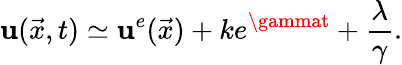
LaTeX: \mathbf{u}(\vec{{x}},t)\simeq\mathbf{u}^{e}(\vec{{x}})+ke^{\gammat}+\frac{{\lambda}}{{\gamma}}.